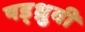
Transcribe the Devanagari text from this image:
षड्ध्रुवी